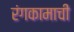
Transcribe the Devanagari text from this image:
रंगकामाची